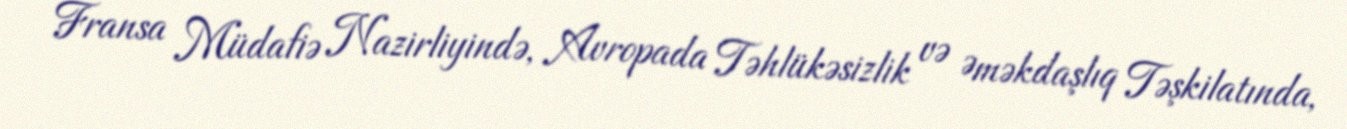
Fransa Müdafiə Nazirliyində, Avropada Təhlükəsizlik və Əməkdaşlıq Təşkilatında,